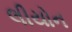
લીયોન